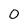
Character: 0